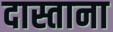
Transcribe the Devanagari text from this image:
दास्ताना